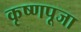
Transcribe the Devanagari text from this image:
कृष्‍णपूजा